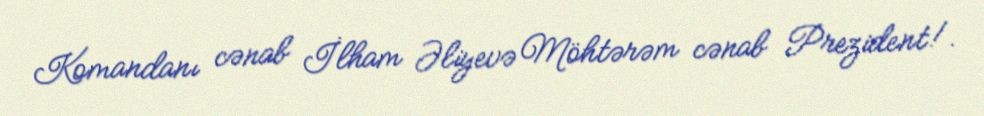
Komandanı cənab İlham Əliyevə Möhtərəm cənab Prezident!.